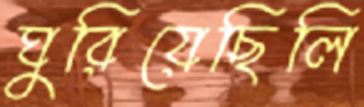
ঘুরিয়েছিলি